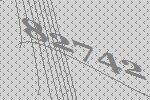
82742